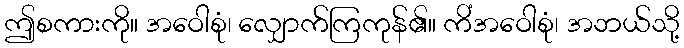
ဤစကားကို။ အဝေါစုံ၊ လျှောက်ကြကုန်၏။ ကိံအဝေါစုံ၊ အဘယ်သို့